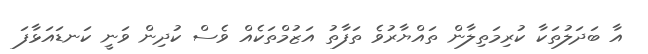
އާ ބަދަލުތަކާ ކުރިމަތިލާން ތައްޔާރުވެ ތަފާތު އަޒުމްތަކެއް ވެސް ކުދިން ވަނީ ކަނޑައަޅާފަ